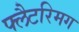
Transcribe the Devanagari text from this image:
फ्लैटरिमग